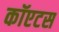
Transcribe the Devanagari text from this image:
कॉएटस